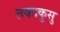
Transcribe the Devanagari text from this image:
तकाकुसु